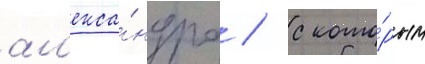
ал'екса́ндра / с кото́рым